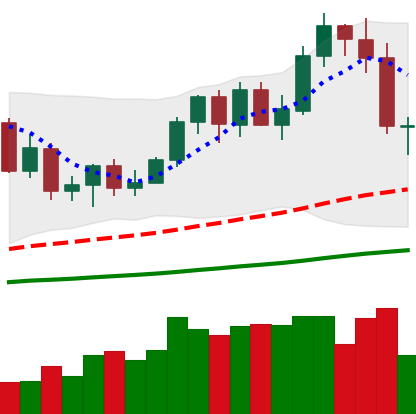
Ticker: NEO-USD
Chart end date: 2020-09-22
Forward return: 4.615%
Label: up_3_5